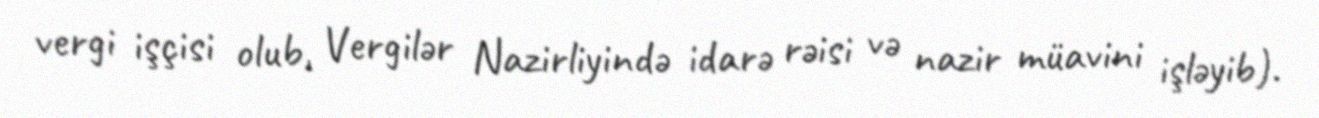
vergi işçisi olub, Vergilər Nazirliyində idarə rəisi və nazir müavini işləyib).